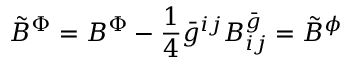
{ \tilde { B } } ^ { \Phi } = { B } ^ { \Phi } - \frac { 1 } { 4 } { \bar { g } } ^ { i j } B _ { i j } ^ { \bar { g } } = { \tilde { B } } ^ { \phi }